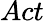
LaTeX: Act